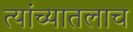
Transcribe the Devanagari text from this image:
त्यांच्यातलाच